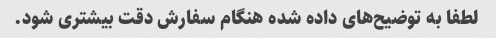
لطفا به توضیح‌های داده شده هنگام سفارش دقت بیشتری شود.